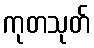
ကုတသုတ်